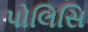
પોલિસિ